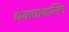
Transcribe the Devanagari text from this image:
थेकचोकलिंग